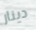
دينار